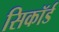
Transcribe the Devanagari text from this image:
सिकॉर्ड